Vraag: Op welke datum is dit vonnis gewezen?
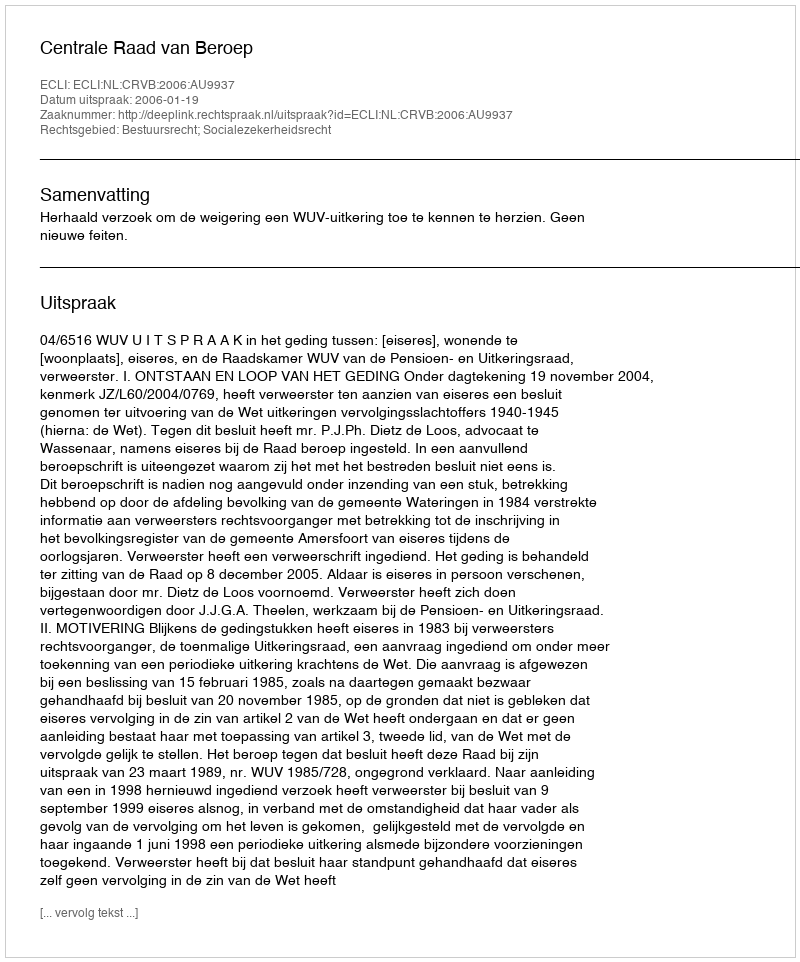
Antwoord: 2006-01-19